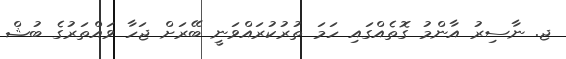
ޖ. ނާސިރު އާންމު ގޮތެއްގައި ހަމަ ތުރުކުރައްވަނީ ބޭރަށް ޖަހާ ވައްތަރުގެ ބުޝް